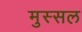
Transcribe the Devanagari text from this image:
मुस्सल